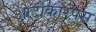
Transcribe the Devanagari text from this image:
आर्टोकारपस